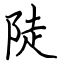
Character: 陡